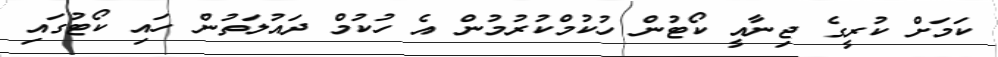
ކަމަށް ކުރީގެ ޖިނާއީ ކޯޓުން ހުކުމްކުރުމުން އެ ހުކުމް ދައުލަތުން ހައި ކޯޓުގައި